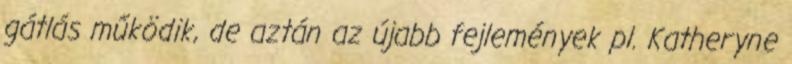
gátlás működik, de aztán az újabb fejlemények pl. Katheryne